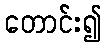
တောင်း၍